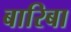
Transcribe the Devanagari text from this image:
बारिबा